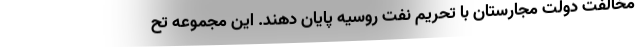
مخالفت دولت مجارستان با تحریم نفت روسیه پایان دهند. این مجموعه تح